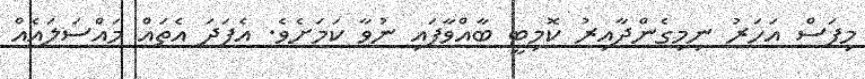
މިފަސް އަހަރު ނިމިގެންދާއިރު ކޮމިޓީ ބާއްވާފައި ނުވާ ކަމަށެވެ. އެފަދަ އެތައް މައްސަލައެއް